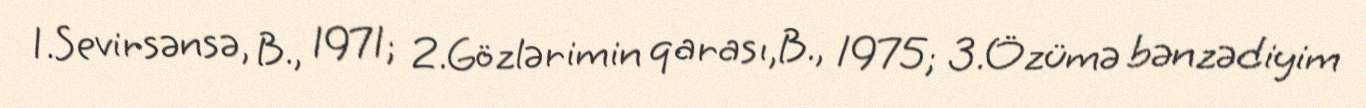
1.Sevirsənsə, B., 1971; 2.Gözlərimin qarası,B., 1975; 3.Özümə bənzədiyim